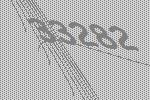
33282